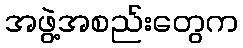
အဖွဲ့အစည်းတွေက